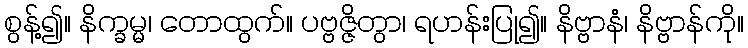
စွန့်၍။ နိက္ခမ္မ၊ တောထွက်။ ပဗ္ဗဇ္ဇိတွာ၊ ရဟန်းပြု၍။ နိဗ္ဗာနံ၊ နိဗ္ဗာန်ကို။